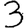
Digit: 3